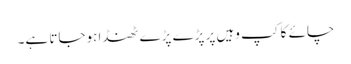
چائے کا کپ وہیں پر پڑے پڑے ٹھنڈا ہوجاتا ہے۔